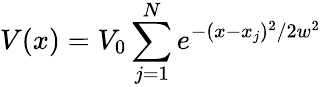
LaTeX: V(x)=V_{0}\sum_{j=1}^{N}{e^{-(x-x_{j})^{2}/2w^{2}}}